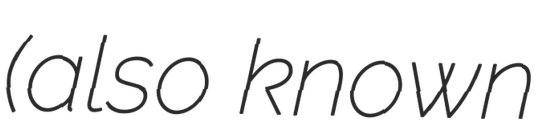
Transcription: (also known